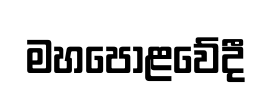
මහපොළවේදී